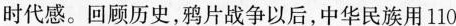
时代感。回顾历史，鸦片战争以后，中华民族用110